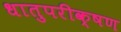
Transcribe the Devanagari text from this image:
धातुपरीक्षण